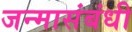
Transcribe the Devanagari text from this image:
जन्मासंबंधी